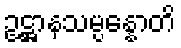
ဥဋ္ဌာနသမ္ပန္နောတိ